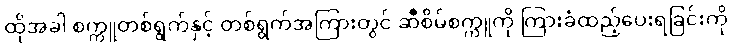
ထိုအခါ စက္ကူတစ်ရွက်နှင့် တစ်ရွက်အကြားတွင် ဆီစိမ်စက္ကူကို ကြားခံထည့်ပေးရခြင်းကို